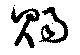
賜